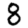
Digit: 8